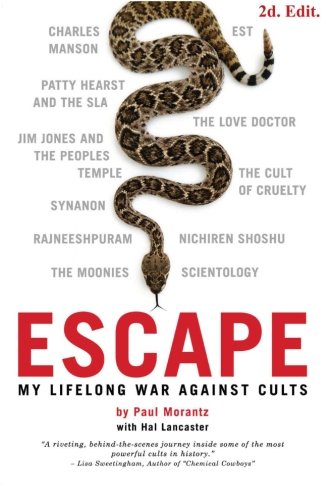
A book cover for Escape: My Life Long War Against Cults; Paul Morantz; Politics & Social Sciences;